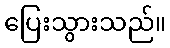
ပြေးသွားသည်။